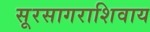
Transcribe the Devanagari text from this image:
सूरसागराशिवाय